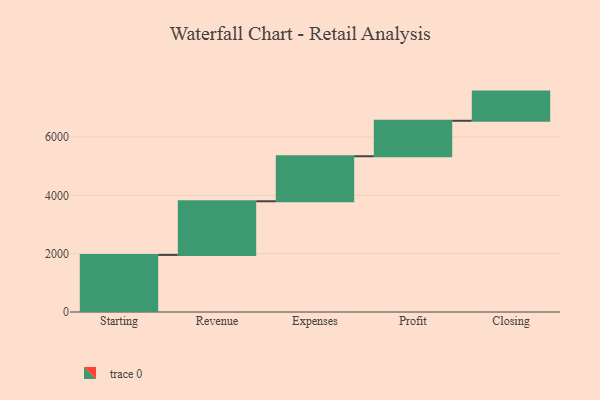
{"axis": {"x": "Step", "y": "Value"}, "legend": [""], "data": [{"x": "Starting", "y": 1957.0, "type": ""}, {"x": "Revenue", "y": 1839.0, "type": ""}, {"x": "Expenses", "y": 1543.0, "type": ""}, {"x": "Profit", "y": 1216.0, "type": ""}, {"x": "Closing", "y": 1000, "type": ""}]}